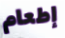
إطعام